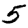
Digit: 5